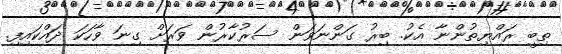
ތިބީ ރައްޔިތުންނާ އެކު. ބިރު ގަންނަވަން ސަރުކާރުން ވަރަށް ގިނަ ވާހަކަ ދައްކައިފި.